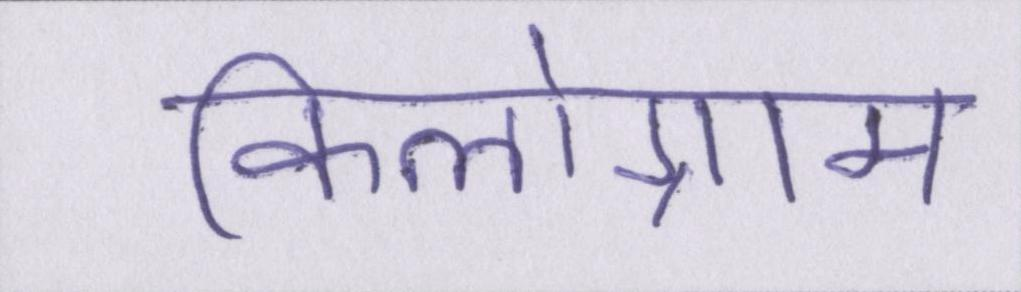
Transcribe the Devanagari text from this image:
किलोग्राम